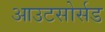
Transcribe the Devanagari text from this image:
आउटसोर्सड